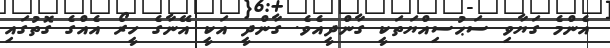
އެންމެ ގަޔާވި ސަޙުސިއްޔަތަކީ ގާންދީއެވެ. ގާންދީ އަކީ އޭނާގެ ހީރޯ އެއްގެ ގޮތުގައި